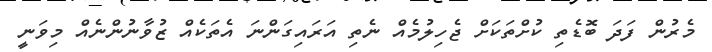
މެރުން ފަދަ ބޮޑެތި ކުށްތަކަށް ޖެހިލުމެއް ނެތި އަރައިގަންނަ އެތަކެއް ޒުވާނުންނެއް މިވަނީ